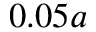
0 . 0 5 a